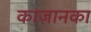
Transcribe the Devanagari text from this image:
काज़ानका